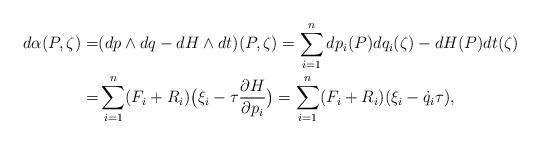
LaTeX: \begin{align*}d\alpha(P,\zeta)=&(dp\wedge dq-dH\wedge dt)(P,\zeta)=\sum_{i=1}^n dp_i(P)dq_i(\zeta)-dH(P)dt(\zeta)\\=&\sum_{i=1}^n (F_i+R_i)\big(\xi_i-\tau \frac{\partial H}{\partial p_i}\big)=\sum_{i=1}^n (F_i+R_i)(\xi_i-\dot q_i\tau),\end{align*}